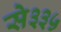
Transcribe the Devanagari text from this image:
से३३५